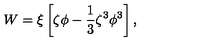
W = \xi \left[ \zeta \phi - { \frac { 1 } { 3 } } \zeta ^ { 3 } \phi ^ { 3 } \right] ,